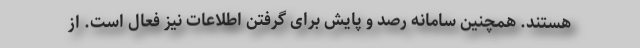
هستند. همچنین سامانه رصد و پایش برای گرفتن اطلاعات نیز فعال است. از